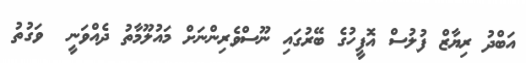
އަބްދު ރިޔާޒް ފުލުސް އޮފީހުގެ ބޭރުގައި ނޫސްވެރިންނަށް މައުލޫމާތު ދެއްވަނީ  ވަގުތު